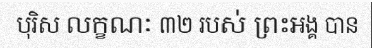
បុរិស លក្ខណៈ ៣២ របស់ ព្រះអង្គ បាន